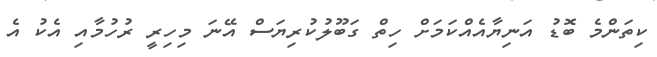
ކިތަންމެ ބޮޑު އަނިޔާއެއްކަމަށް ހިތް ގަބޫލުކުރިޔަސް އޭނަ މިހިރީ ރުހުމާއި އެކު އެ